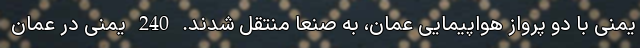
یمنی با دو پرواز هواپیمایی عمان، به صنعا منتقل شدند. 240 یمنی در عمان